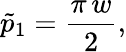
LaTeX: \tilde{p}_{1}={\frac{\pi\, w}{2}},